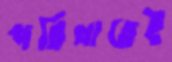
পরিখাতেই